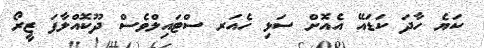
ކަޔެ ހާދަ ކަޑައޭ އެއޮށް ސަޅި ހެއަރ ސްޓައިލްވެސް ދޫކޮއްލާފަ ޒީރޯ